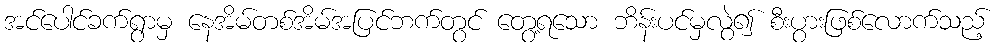
အင်ပေါင်ခက်ရွာမှ နေအိမ်တစ်အိမ်အပြင်ဘက်တွင် တွေ့ရသော ဘိန်းပင်မှလွဲ၍ စီးပွားဖြစ်လောက်သည့်